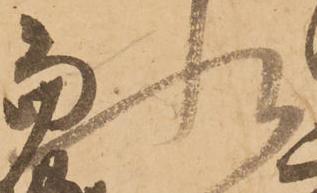
状